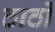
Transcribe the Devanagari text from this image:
ठाठों